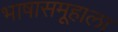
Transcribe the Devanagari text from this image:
भाषासमूहाला